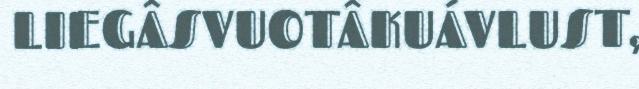
LIEGÂSVUOTÂKUÁVLUST,